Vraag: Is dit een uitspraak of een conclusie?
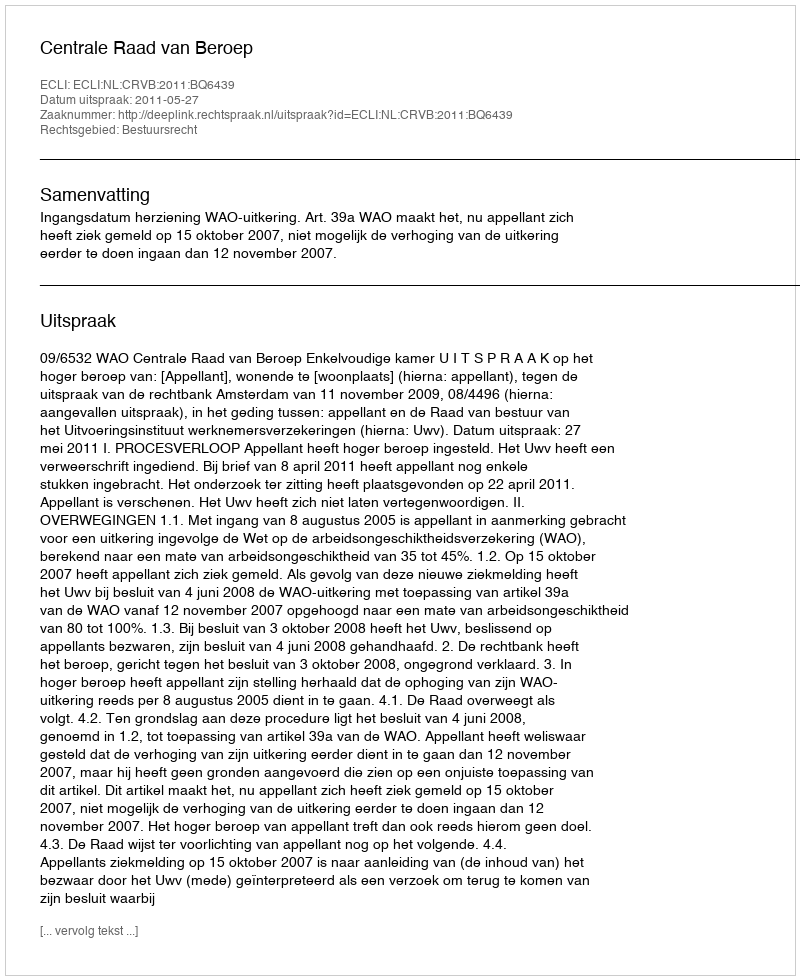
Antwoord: Uitspraak